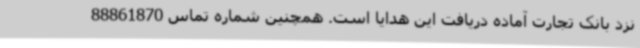
نزد بانک تجارت آماده دریافت این هدایا است. همچنین شماره تماس 88861870